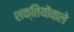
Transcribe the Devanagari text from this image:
शक्तियोंवाले